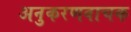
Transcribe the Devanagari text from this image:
अनुकरणवाचक